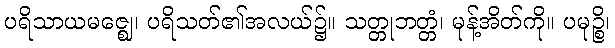
ပရိသာယမဇ္ဈေ၊ ပရိသတ်၏အလယ်၌။ သတ္တုဘတ္တံ၊ မုန့်အိတ်ကို။ ပမုဉ္စိ၊